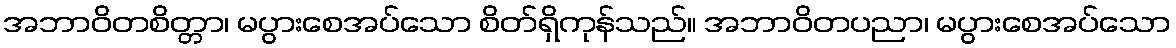
အဘာဝိတစိတ္တာ၊ မပွားစေအပ်သော စိတ်ရှိကုန်သည်။ အဘာဝိတပညာ၊ မပွားစေအပ်သော